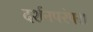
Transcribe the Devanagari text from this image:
दर्शनपरंपरा